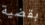
بقضية